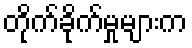
တိုက်ခိုက်မှုများက